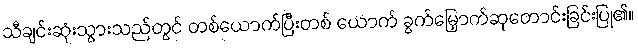
သီချင်းဆုံးသွားသည်တွင် တစ်ယောက်ပြီးတစ် ယောက် ခွက်မြှောက်ဆုတောင်းခြင်းပြု၏။